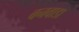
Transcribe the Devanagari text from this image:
बनवाडा